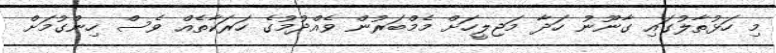
މި ހަޅުތާލުގައި ގާނޫނު ހަދާ މަޖިލީހަށް މެމްބަރުން ވެއްދުމުގެ ހަރަކާތެއް ވެސް ހިންގުމަށް